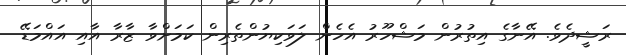
ރަޝީދެވެ. އޭނާގެ އިތުރުން މަޝްހޫރު އެހެން ލަވަކިޔުންތެރިން ކަމަށްވާ ޒާރާ އާއި އައްމަޑޭ